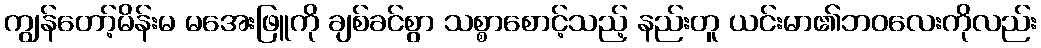
ကျွန်တော့်မိန်းမ မအေးဖြူကို ချစ်ခင်စွာ သစ္စာစောင့်သည့် နည်းတူ ယင်းမာ၏ဘဝလေးကိုလည်း